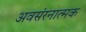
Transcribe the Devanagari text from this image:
अवसंरनात्मक